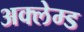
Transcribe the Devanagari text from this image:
अक्लेम्ड